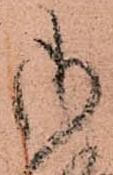
御